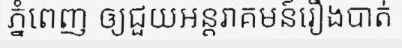
ភ្នំពេញ ឲ្យជួយអន្តរាគមន៍រឿងបាត់